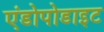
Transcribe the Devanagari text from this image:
एंडोपोडाइट